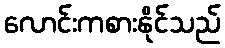
လောင်းကစားနိုင်သည်